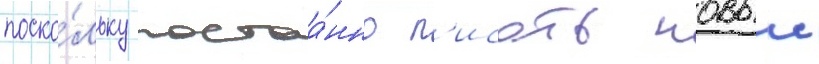
поско́льку постоа́нно п'исать новыи